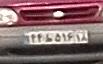
۴۴ط۵۱۶۱۸